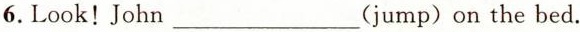
6.Look!John___(jump)on the bed.